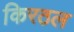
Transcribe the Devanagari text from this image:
किरठल